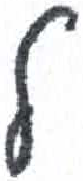
אות: ל